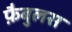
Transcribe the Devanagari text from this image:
फ़ैबुलस